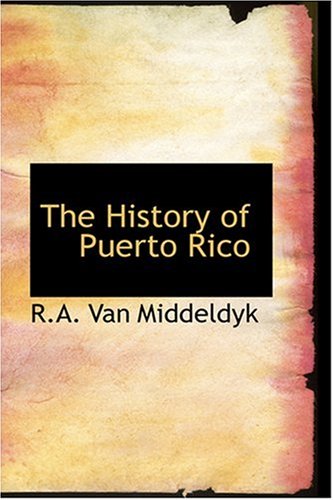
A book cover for The History of Puerto Rico; R.A. Van Middeldyk; Travel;